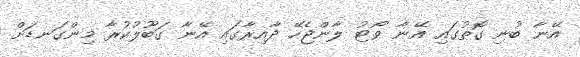
އޭނާ ބުނި ގޮތުގައި އޭނާ ވޯޓު ލާންޖެހޭ ދާއިރާގައި އޭނާ ގަބޫލުކުރާ މިންގަނޑަށް